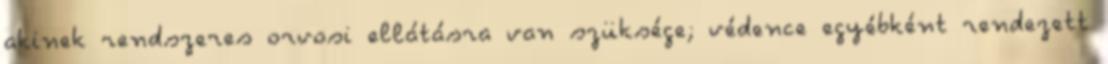
akinek rendszeres orvosi ellátásra van szüksége; védence egyébként rendezett